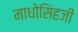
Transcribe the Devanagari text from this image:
माधोसिंहजी